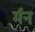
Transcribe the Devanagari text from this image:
र्मन